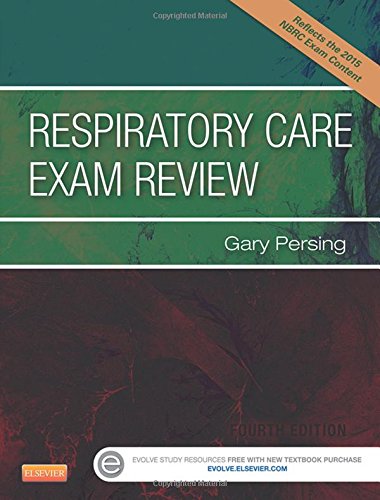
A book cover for Respiratory Care Exam Review, 4e; Gary Persing BS  RRT; Medical Books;